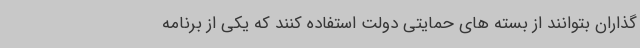
گذاران بتوانند از بسته های حمایتی دولت استفاده کنند که یکی از برنامه